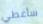
سأغطي